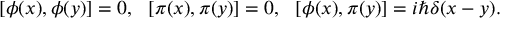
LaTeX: [ \phi ( x ) , \phi ( y ) ] = 0 , \ \ [ \pi ( x ) , \pi ( y ) ] = 0 , \ \ [ \phi ( x ) , \pi ( y ) ] = i \hbar \delta ( x - y ) .